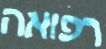
רפואה